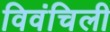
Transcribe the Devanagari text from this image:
विवंचिली